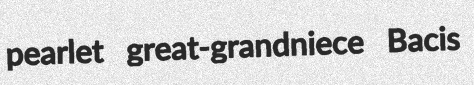
pearlet great-grandniece Bacis